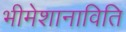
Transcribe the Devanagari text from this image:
भीमेशानाविति